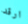
ارقد